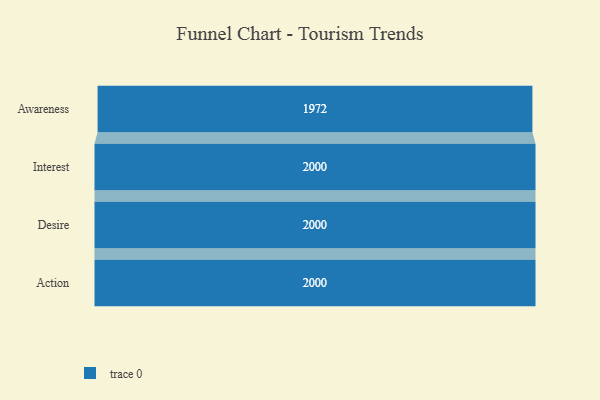
{"axis": {"x": "Stage", "y": "Value"}, "legend": [""], "data": [{"x": "Awareness", "y": 1972.0, "type": ""}, {"x": "Interest", "y": 2000, "type": ""}, {"x": "Desire", "y": 2000, "type": ""}, {"x": "Action", "y": 2000, "type": ""}]}